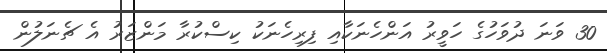
30 ވަނަ ދުވަހުގެ ހަވީރު އަންހެނަކާއި ފިރިހެނަކު ކިސްކުރާ މަންޒަރު އެ ޗެނަލުން